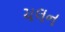
ચલન